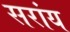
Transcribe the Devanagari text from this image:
सरांय